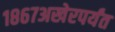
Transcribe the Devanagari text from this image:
१८६७अखेरपर्यंत